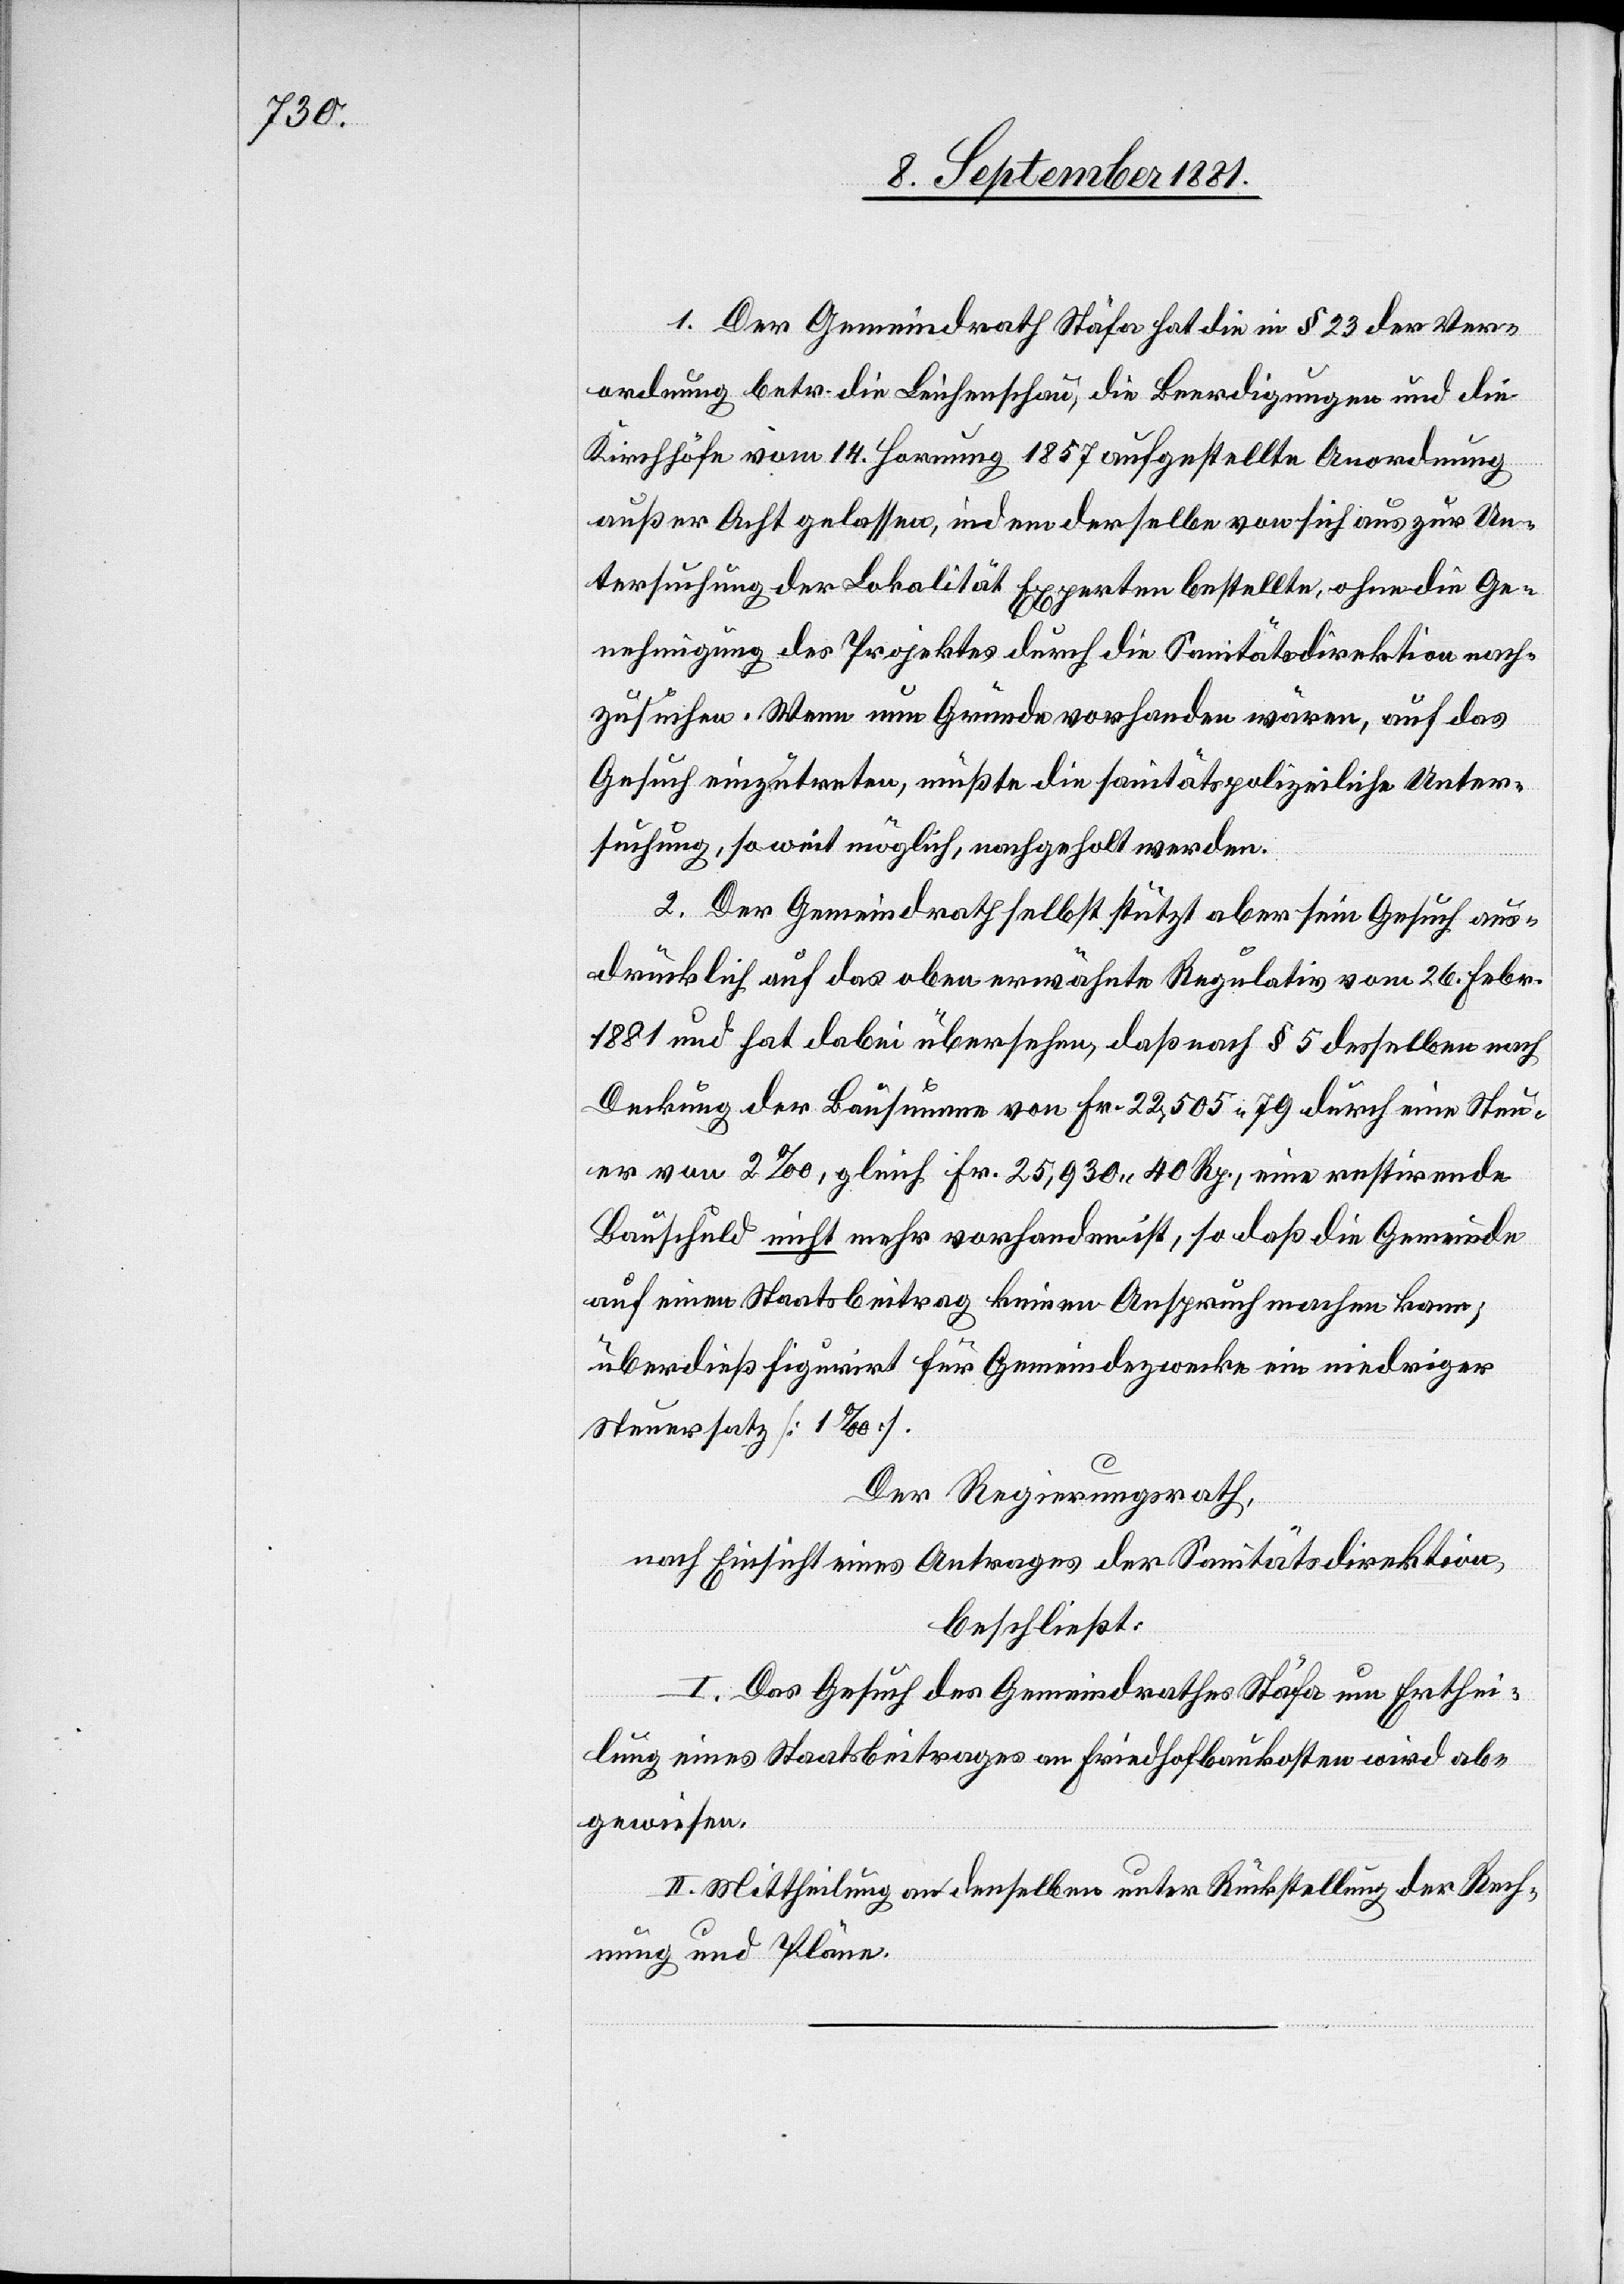
1. Der Gemeindrath Stäfa hat die in § 23 der Ver¬
ordnung betr. die Leichenschau, die Beerdigung und Ki¬
rchhöfe vom 14. Januar 1857 aufgestellte Anordnung
außer Acht gelassen, indem derselbe von sich aus zur Un¬
tersuchung der Lokalität Experten bestellte, ohne die Ge¬
nehmigung des Projektes durch die Sanitätsdirektion nach¬
zusuchen. Wenn nun Gründe vorhanden wären, auf das
Gesuch einzutreten, müßte die sanitätspolizeiliche Unter¬
suchung, so weit möglich, nachgeholt werden.
2. Der Gemeindrath selbst stützt aber sein Gesuch aus¬
drücklich auf das oben erwähnte Regulativ vom 26. Febr.
1881 und hat dabei übersehen, daß nach § 5 desselben nach
Deckung der Bausumme von Fr. 22,505 79 durch eine Steu¬
er von 2‰, gleich Fr. 25,930 40 Rp., eine restirende
Bauschuld nicht mehr vorhanden ist, so daß die Gemeinde
auf einen Staatsbeitrag keinen Anspruch machen kann;
überdieß figurirt für Gemeindezwecke ein niedriger
Steuersatz [1‰].
Der Regierungsrath,
nach Einsicht eines Antrages der Sanitätsdirektion,
beschließt:
I. Das Gesuch des Gemeindrathes Stäfa um Erthei¬
lung eines Staatsbeitrages an Friedhofbaukosten wird ab¬
gewiesen.
II. Mittheilung an denselben unter Rückstellung der Rech¬
nung und Pläne.